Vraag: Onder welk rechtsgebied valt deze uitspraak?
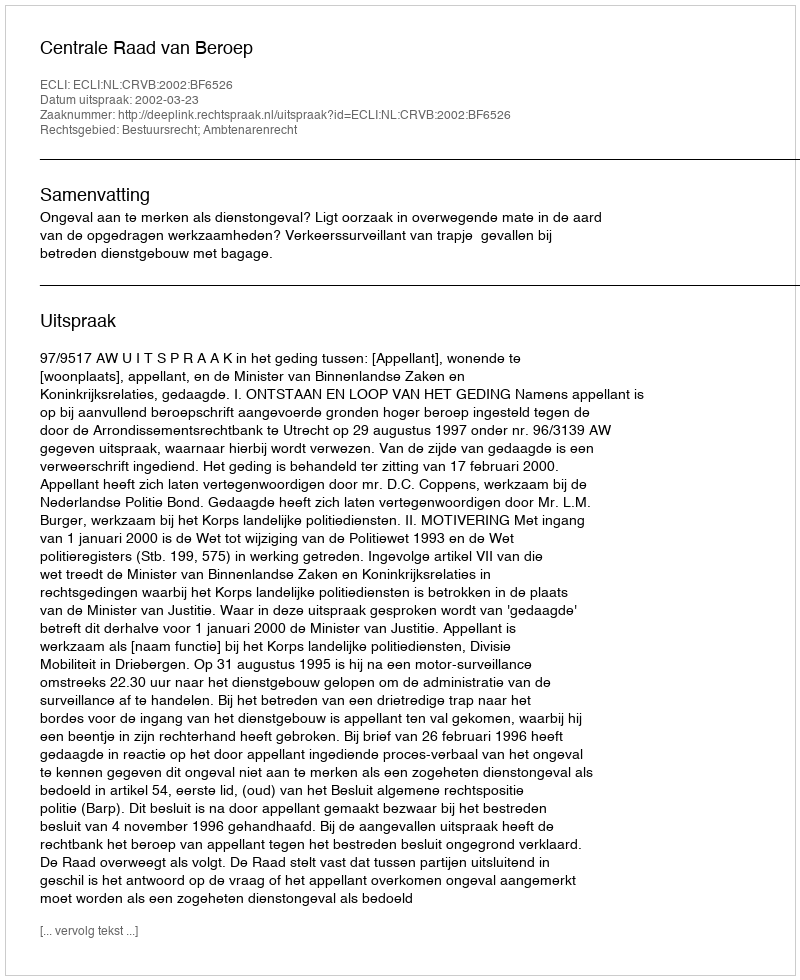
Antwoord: Bestuursrecht; Ambtenarenrecht